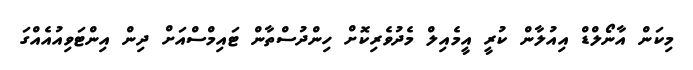
މިކަން އާނޯލްޑް އިއުލާން ކުރީ އީމެއިލް މެދުވެރިކޮށް ހިންދުސްތާން ޓައިމްސްއަށް ދިން އިންޓަވިއުއެއްގަ